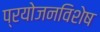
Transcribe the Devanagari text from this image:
प्रयोजनविशेष